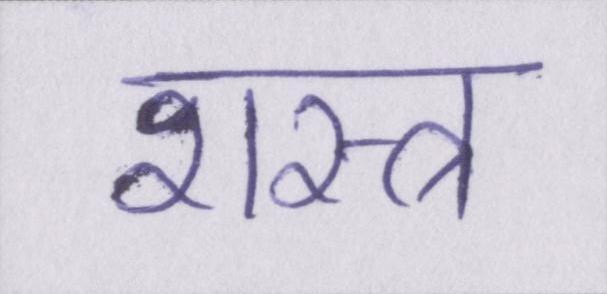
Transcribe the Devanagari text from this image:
शस्त्र